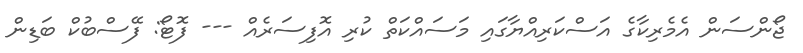
ޖޯންސަން އެމެރިކާގެ އަސްކަރިއްޔާގައި މަސައްކަތް ކުރި އޮފިސަރެއް --- ފޮޓޯ: ފޭސްބުކް ބަޑިން